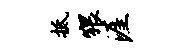
抵猥涯